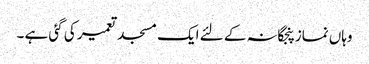
وہاں نمازپنجگانہ کے لئے ایک مسجد تعمیر کی گئی ہے ۔